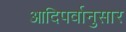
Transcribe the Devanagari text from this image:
आदिपर्वानुसार